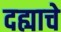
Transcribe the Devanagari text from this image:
दह्याचे